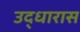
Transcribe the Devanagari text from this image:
उद्धारास